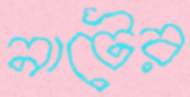
নাটের